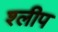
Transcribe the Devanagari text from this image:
श्लीप